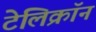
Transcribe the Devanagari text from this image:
टेलिक्रॉन